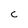
Character: C